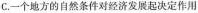
C.一个地方的自然条件对经济发展起决定作用